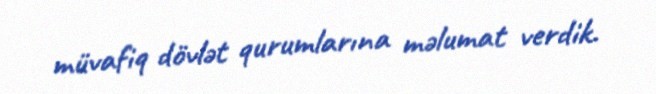
müvafiq dövlət qurumlarına məlumat verdik.